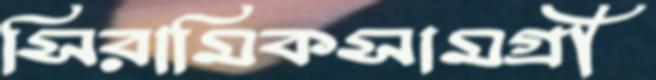
সিরামিকসামগ্রী